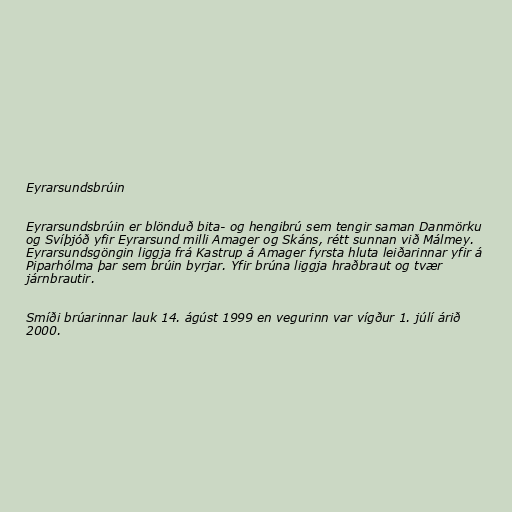
Eyrarsundsbrúin

Eyrarsundsbrúin er blönduð bita- og hengibrú sem tengir saman Danmörku
og Svíþjóð yfir Eyrarsund milli Amager og Skáns, rétt sunnan við Málmey.
Eyrarsundsgöngin liggja frá Kastrup á Amager fyrsta hluta leiðarinnar yfir á
Piparhólma þar sem brúin byrjar. Yfir brúna liggja hraðbraut og tvær
járnbrautir.

Smíði brúarinnar lauk 14. ágúst 1999 en vegurinn var vígður 1. júlí árið
2000.